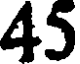
45